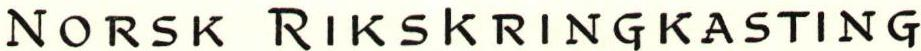
NORSK RIKSKRINGKASTING